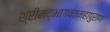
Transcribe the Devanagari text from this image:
श्रीमद्भागवतमहापुराण